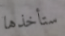
ستأخذها